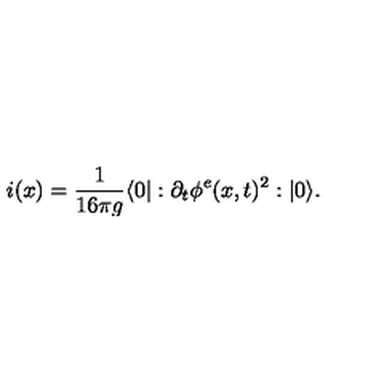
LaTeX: i ( x ) = \frac { 1 } { 1 6 \pi g } \langle 0 | : \partial _ { t } \phi ^ { e } ( x , t ) ^ { 2 } : | 0 \rangle .